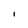
Character: i